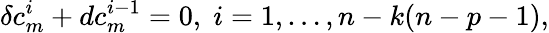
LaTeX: \delta c_{m}^{i}+dc_{m}^{i-1}=0,\; i=1,\dots,n-k(n-p-1),